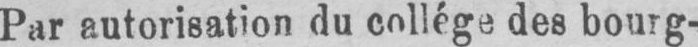
Par autorisation du collége des bourg-